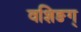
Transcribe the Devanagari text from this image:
वशिङग्